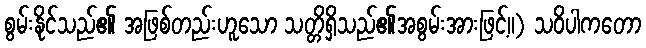
စွမ်းနိုင်သည်၏ အဖြစ်တည်းဟူသော သတ္တိရှိသည်၏အစွမ်းအားဖြင့်။) သဝိပါကတော